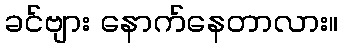
ခင်ဗျား နောက်နေတာလား။